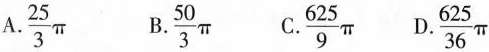
A.\frac{25}{3} \pi B.\frac{50}{3} \pi C. \frac{625}{9} \pi D \frac{625}{36} \pi